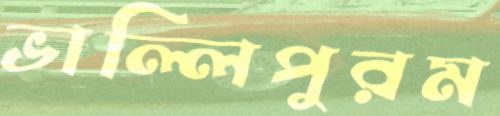
ভাল্লিপুরম